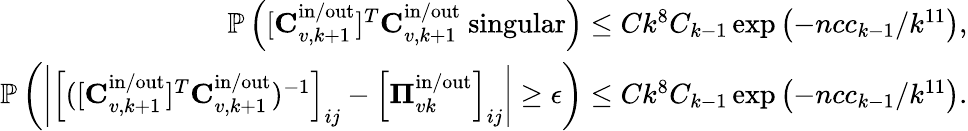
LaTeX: \begin{array}{r}{\mathbb{P}\left([\mathbf{C}_{v,k+1}^{\mathrm{in}/\mathrm{out}}]^{T}\mathbf{C}_{v,k+1}^{\mathrm{in}/\mathrm{out}}\mathrm{~singular}\right)\leq Ck^{8}C_{k-1}\exp\left(-ncc_{k-1}/k^{11}\right),}\\ {\mathbb{P}\left(\left|\left[([\mathbf{C}_{v,k+1}^{\mathrm{in}/\mathrm{out}}]^{T}\mathbf{C}_{v,k+1}^{\mathrm{in}/\mathrm{out}})^{-1}\right]_{ij}-\left[\boldsymbol{\Pi}_{vk}^{\mathrm{in}/\mathrm{out}}\right]_{ij}\right|\geq\epsilon\right)\leq Ck^{8}C_{k-1}\exp\left(-ncc_{k-1}/k^{11}\right).}\end{array}